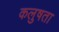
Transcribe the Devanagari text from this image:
कलुषता